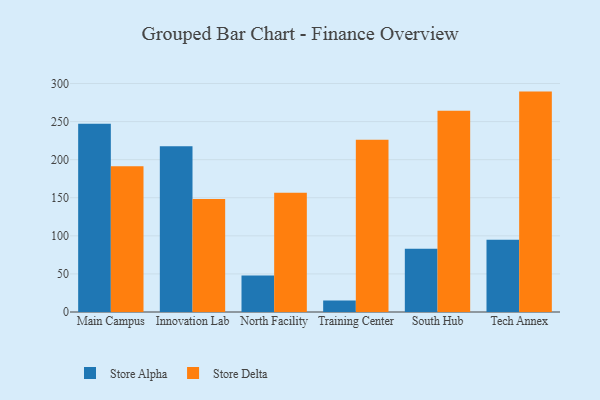
{"axis": {"x": "Campus", "y": "Temperature (°C)"}, "legend": ["Store Alpha", "Store Delta"], "data": [{"x": "Main Campus", "y": 247.3, "type": "Store Alpha"}, {"x": "Main Campus", "y": 191.4, "type": "Store Delta"}, {"x": "Innovation Lab", "y": 217.8, "type": "Store Alpha"}, {"x": "Innovation Lab", "y": 148.3, "type": "Store Delta"}, {"x": "North Facility", "y": 48.0, "type": "Store Alpha"}, {"x": "North Facility", "y": 156.7, "type": "Store Delta"}, {"x": "Training Center", "y": 15.0, "type": "Store Alpha"}, {"x": "Training Center", "y": 226.1, "type": "Store Delta"}, {"x": "South Hub", "y": 82.9, "type": "Store Alpha"}, {"x": "South Hub", "y": 264.4, "type": "Store Delta"}, {"x": "Tech Annex", "y": 94.8, "type": "Store Alpha"}, {"x": "Tech Annex", "y": 289.4, "type": "Store Delta"}]}